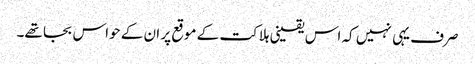
صرف یہی نہیں کہ اس یقینی ہلاکت کے موقع پر ان کے حواس بجا تھے۔